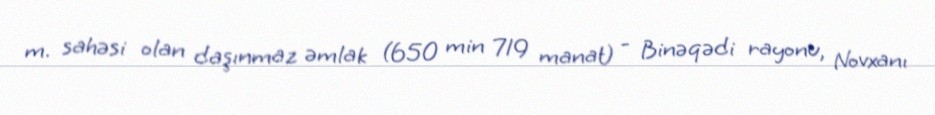
m. sahəsi olan daşınmaz əmlak (650 min 719 manat) - Binəqədi rayonu, Novxanı